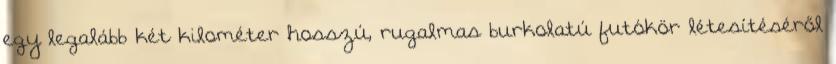
egy legalább két kilométer hosszú, rugalmas burkolatú futókör létesítéséről